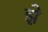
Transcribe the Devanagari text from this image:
झे